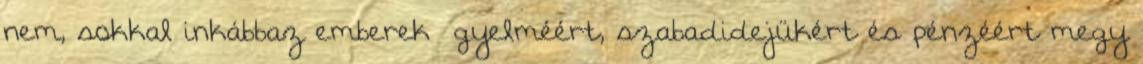
nem, sokkal inkábbaz emberek ﬁgyelméért, szabadidejükért és pénzéért megy